Leaving Certificate Examination (including Day School Certificate (Higher) General paper), 1934
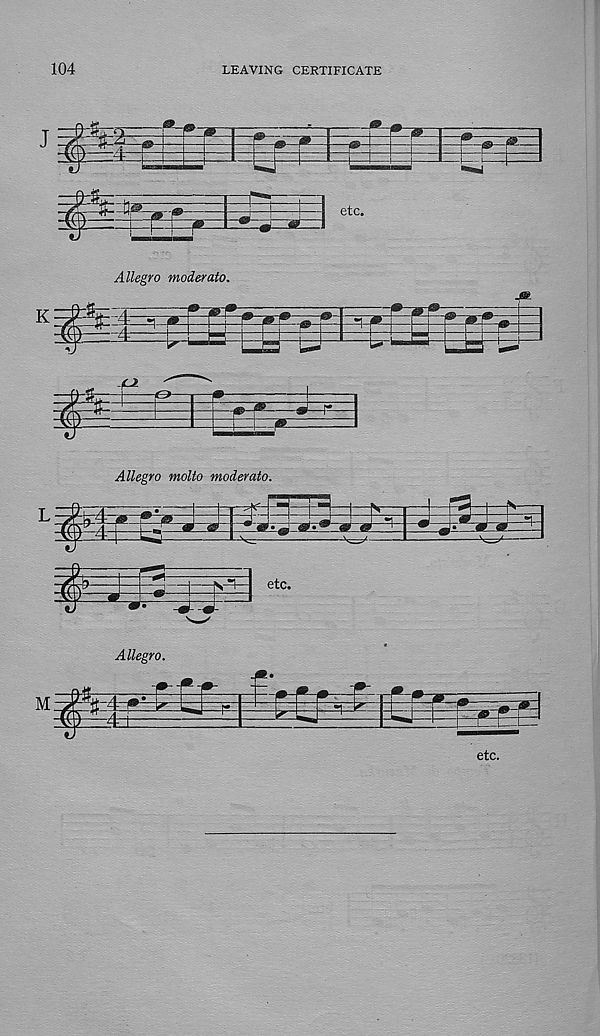
104
LEAVING CERTIFICATE
Allegro moderato.
Allegro molto moderato.
Allegro.
etc.